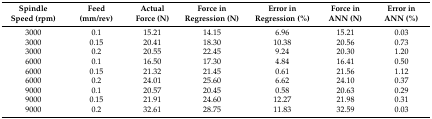
<table><thead><tr><td><b>Spindle Speed (rpm)</b></td><td><b>Feed (mm/rev)</b></td><td><b>Actual Force (N)</b></td><td><b>Force in Regression (N)</b></td><td><b>Error in Regression (%)</b></td><td><b>Force in ANN (N)</b></td><td><b>Error in ANN (%)</b></td></tr></thead><tbody><tr><td>3000</td><td>0.1</td><td>15.21</td><td>14.15</td><td>6.96</td><td>15.21</td><td>0.03</td></tr><tr><td>3000</td><td>0.15</td><td>20.41</td><td>18.30</td><td>10.38</td><td>20.56</td><td>0.73</td></tr><tr><td>3000</td><td>0.2</td><td>20.55</td><td>22.45</td><td>9.24</td><td>20.30</td><td>1.20</td></tr><tr><td>6000</td><td>0.1</td><td>16.50</td><td>17.30</td><td>4.84</td><td>16.41</td><td>0.50</td></tr><tr><td>6000</td><td>0.15</td><td>21.32</td><td>21.45</td><td>0.61</td><td>21.56</td><td>1.12</td></tr><tr><td>6000</td><td>0.2</td><td>24.01</td><td>25.60</td><td>6.62</td><td>24.10</td><td>0.37</td></tr><tr><td>9000</td><td>0.1</td><td>20.57</td><td>20.45</td><td>0.58</td><td>20.63</td><td>0.29</td></tr><tr><td>9000</td><td>0.15</td><td>21.91</td><td>24.60</td><td>12.27</td><td>21.98</td><td>0.31</td></tr><tr><td>9000</td><td>0.2</td><td>32.61</td><td>28.75</td><td>11.83</td><td>32.59</td><td>0.03</td></tr></tbody></table>